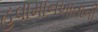
હવામાનખાતાની